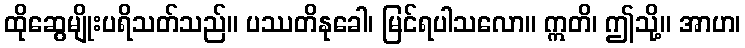
ထိုဆွေမျိုးပရိသတ်သည်။ ပဿတိနုခေါ၊ မြင်ရပါသလော။ ဣတိ၊ ဤသို့။ အာဟ၊